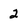
Character: 2